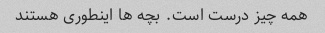
همه چیز درست است. بچه ها اینطوری هستند